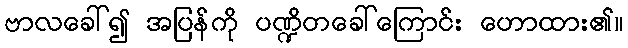
ဗာလခေါ်၍ အပြန်ကို ပဏ္ဍိတခေါ်ကြောင်း ဟောထား၏။